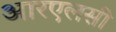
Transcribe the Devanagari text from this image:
आरएलसी